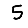
Digit: 5